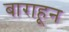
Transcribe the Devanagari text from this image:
बाराहून